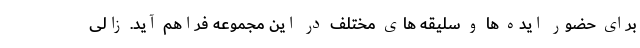
برای حضور ایده ها و سلیقه های مختلف در این مجموعه فراهم آید. زالی